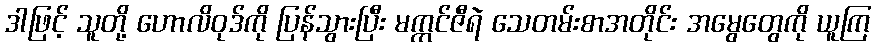
ဒါဖြင့် သူတို့ ဟောလိဝုဒ်ကို ပြန်သွားပြီး မက္ကင်ဇီရဲ သေတမ်းစာအတိုင်း အမွေတွေကို ယူကြ